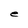
Character: e